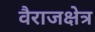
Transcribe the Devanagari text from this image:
वैराजक्षेत्र